King Institute of Preventive Medicine Bacteriolog. Section reports 1907-08
Year: 1907
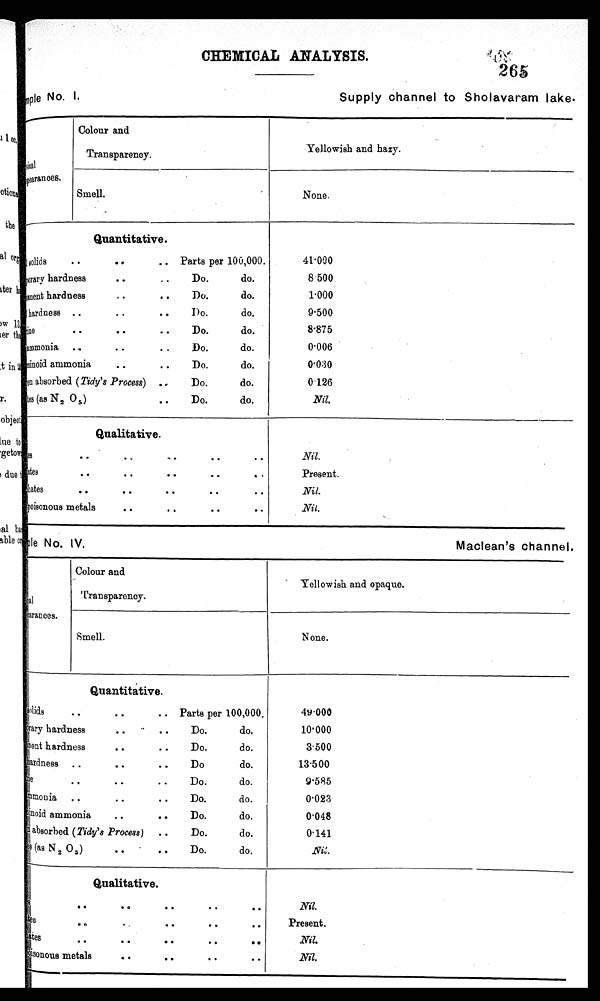
sample No. I.
Supply channel to Sholavaram lake. p y s i c a l e
No. IV.
Maclean's channel.
CHEMICAL ANALYSIS.
265
Appearances.
Colour and
Transparency.
Yellowish and hazy.
Smell.
None.
41.000
8 500
1.000
9.500
8.875
0.006
0.030
0 . 1 2 6
Nil.
Quantitative.
solids
..
..
.. Parts per 100,000.
• •
C rary hardness
..
Do.
do.
hardness..
anent hardness• •
Do.
do.
• •
hardness ..•..
Do.
do.
rine
..
•
. •
Do.
do.
..
.
ammonia ...Do.
do.
amminoid ammonia .. • • Do. do.
en absorbed (Tidy's Process) ..
Do.
do.
Titrates (as N2 05) .. Do. do.
Nil.
Present.
Nil.
Nit.
Qualitative.
es
• •
..
.. •
..
• •
ates
. •
• •
• •
•
•
hates
• •
• •
..
• •
. .
poisonous metals
• •
• •
..
..
al
Appearanees.
Colour and
Transpareney.
Yellowish and opaque.
Smell.
None.
4 9 . 0 0 0 10'000
3.500
1 3 . 5 0 0
9.585
0.023
0.048
0.141
N i l .
Quantitative.
Solids
• •
• •
.. Parts per 100,000.
Temporary hardness.. do. • •
P e r m a n e n
h a r d n e s s
. .
• •
D o .
d o .
hardness ..
..
..
Do
do.
do.
• •
• •
ammonia ..Do. do. • •
• •
Aluminoid ammonia • • .. Do. do.
absorbed (Tidy's Process) ..
Do.
do.
as (N2 O5)
•
•
Do.
do.
Qualitative.
Solids
•• •• •• •
• • • T i t r a t e s • • • • • • • • • •P
h o s p h a t e s • • • • • • • • • •
p o i s o n o u s m e t a l s
• • • • • •
Nil.
Present.
Nil.
.Nil.